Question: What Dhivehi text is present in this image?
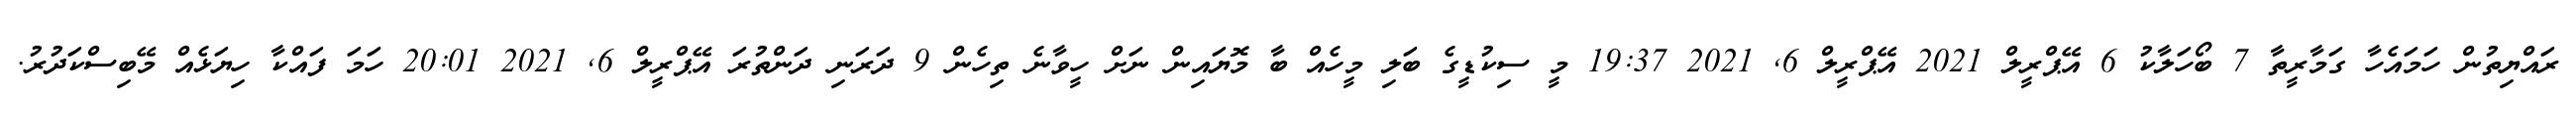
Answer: ރައްޔިތުން ހަމައެހާ ގަމާރީތާ 7 ބޯހަލާކު 6 އޭޕްރީލް 2021 އޭޕްރީލް 6, 2021 19:37 މީ ސިކުޑީގެ ބަލި މީހެއް ބާ މޮޔައިން ނަށް ހީވާނެ ތިހެން 9 ދަރަނި ދަންތުރަ އޭޕްރީލް 6, 2021 20:01 ހަމަ ފައްކާ ހިޔަޅެއް މޭބިސްކަދުރު.